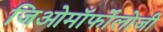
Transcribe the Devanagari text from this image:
जिओमॉर्फोलोजी